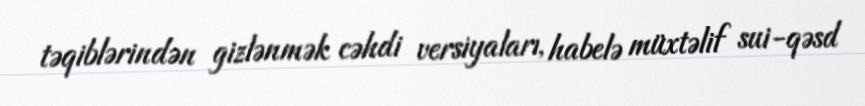
təqiblərindən gizlənmək cəhdi versiyaları, habelə müxtəlif sui-qəsd